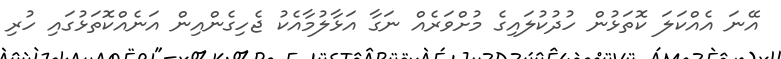
އޭނަ އެއްކަލަ ކޮތަޅުން ހުދުކުލައިގެ މުށްވަރެއް ނަގާ އަޅާލުމާއެކު ޖެހިގެންއިން އަނެއްކޮތަޅުގައި ހުރި